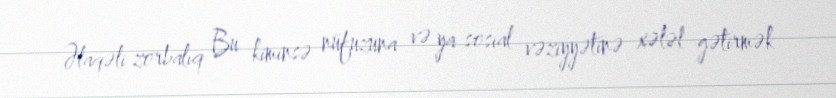
Əlaqəli zorbalıq Bu kiminsə nüfuzuna və ya sosial vəziyyətinə xələl gətirmək